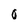
Character: 0